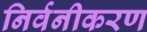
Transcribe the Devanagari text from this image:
निर्वनीकरण